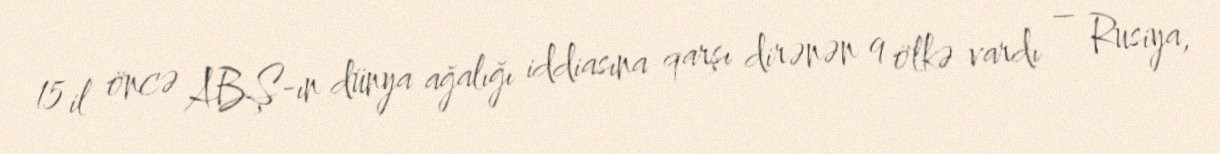
15 il öncə ABŞ-ın dünya ağalığı iddiasına qarşı dirənən 9 ölkə vardı – Rusiya,